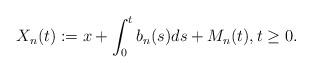
LaTeX: \begin{align*} X_n(t) := x + \int_0^t b_n(s)ds + M_n(t),t\geq0. \end{align*}